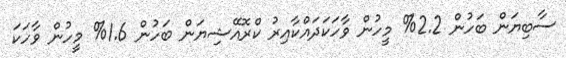
ސާބިޔަން ބަހުން 2.2% މީހުން ވާހަކަދައްކާއިރު ކްރޮއޭޝިޔަން ބަހުން 1.6% މީހުން ވާހަކަ